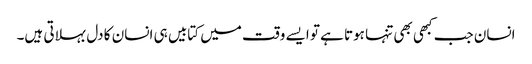
انسان جب کبھی بھی تنہا ہوتا ہے تو ایسے وقت میں کتابیں ہی انسان کا دل بہلاتی ہیں۔